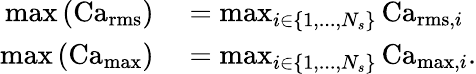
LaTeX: \begin{array}{rl}{\operatorname*{max}\left(\operatorname{Ca}_{\operatorname{rms}}\right)}&{{}=\operatorname*{max}_{i\in\{ 1,...,N_{s}\} }\operatorname{Ca}_{\operatorname{rms},i}}\\ {\operatorname*{max}\left(\operatorname{Ca}_{\operatorname*{max}}\right)}&{{}=\operatorname*{max}_{i\in\{ 1,...,N_{s}\} }\operatorname{Ca}_{\operatorname*{max},i}.}\end{array}